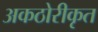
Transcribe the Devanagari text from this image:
अकठोरीकृत